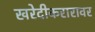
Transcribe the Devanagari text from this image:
खरेदीकरारावर